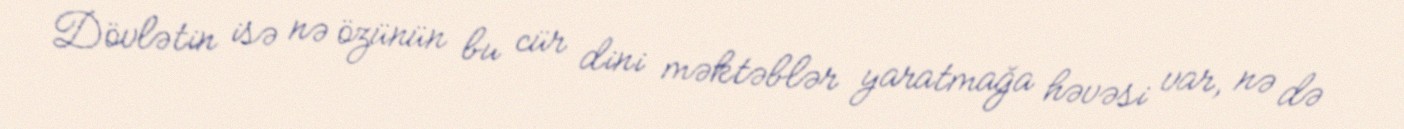
Dövlətin isə nə özünün bu cür dini məktəblər yaratmağa həvəsi var, nə də